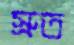
স্রুত